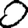
Digit: 0